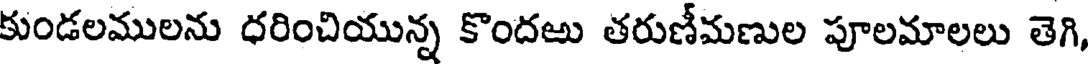
కుండలములను ధరించియున్న కొందఱు తరుణీమణుల పూలమాలలు తెగి,